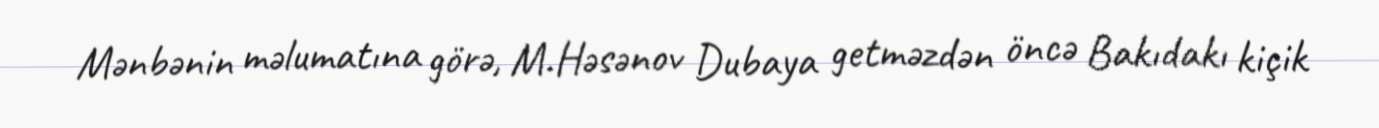
Mənbənin məlumatına görə, M.Həsənov Dubaya getməzdən öncə Bakıdakı kiçik